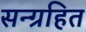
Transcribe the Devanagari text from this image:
सन्ग्रहित